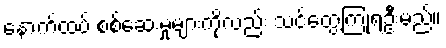
နောက်ထပ် စစ်ဆေးမှုများကိုလည်း သင်တွေ့ကြုံရဦးမည်။